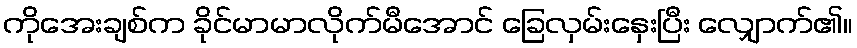
ကိုအေးချစ်က ခိုင်မာမာလိုက်မီအောင် ခြေလှမ်းနှေးပြီး လျှောက်၏။